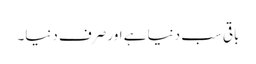
باقی سب دنیا ہے اور صرف دنیا۔